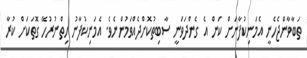
ތަބާވާންޖެހެނީ އެމަނިކުފާނަށް ކަން އެ ގެންދަވަނީ ސާބިތުކޮށްދެއްވަމުންނެވެ. އެމަނިކުފާނު ހިތްނުރުހޭ ގޮތަކަށް ކުރާ